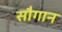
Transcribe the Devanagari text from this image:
सौगान